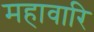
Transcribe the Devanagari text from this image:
महावारि